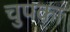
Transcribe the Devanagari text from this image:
चुपका